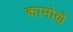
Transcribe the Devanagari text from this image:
कामोणे